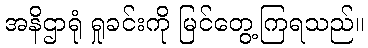
အနိဌာရုံ ရှုခင်းကို မြင်တွေ့ကြရသည်။